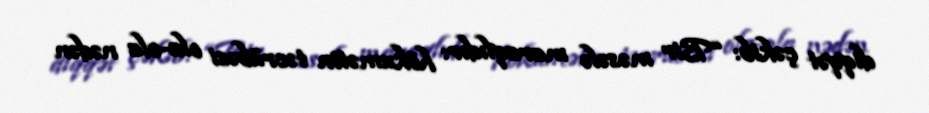
diqqət çəkib: “Bir məsələ maraqlıdır: hökumətin təcrübəsi ola-ola nədən